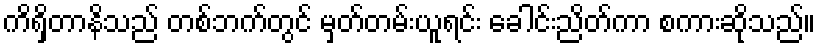
ကိရှိတာနိသည် တစ်ဘက်တွင် မှတ်တမ်းယူရင်း ခေါင်းညိတ်ကာ စကားဆိုသည်။